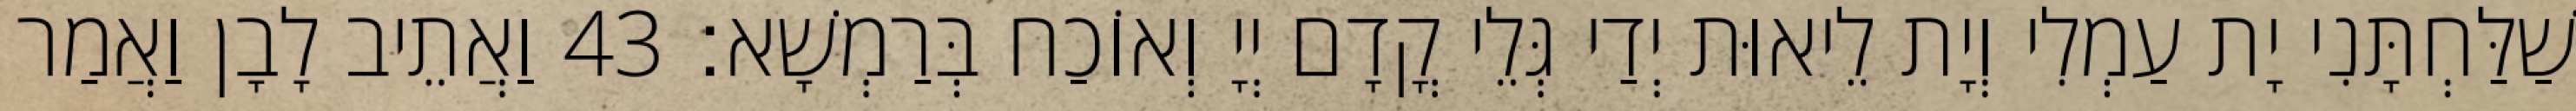
שַׁלַּחְתָּנִי יָת עַמְלִי וְיָת לֵיאוּת יְדַי גְּלֵי קֳדָם יְיָ וְאוֹכַח בְּרַמְשָׁא׃ 43 וַאֲתֵיב לָבָן וַאֲמַר